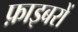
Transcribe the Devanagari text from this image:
फ़ाइबरों